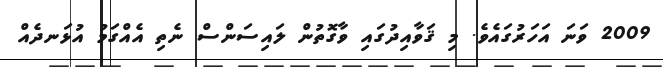
2009 ވަނަ އަހަރުގައެވެ. މި ޤަވާއިދުގައި ވާގޮތުން ލައިސަންސް ނެތި އެއްގަމު އުޅަނދެއް